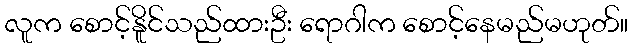
လူက စောင့်နိူင်သည်ထားဦး ရောဂါက စောင့်နေမည်မဟုတ်။